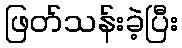
ဖြတ်သန်းခဲ့ပြီး